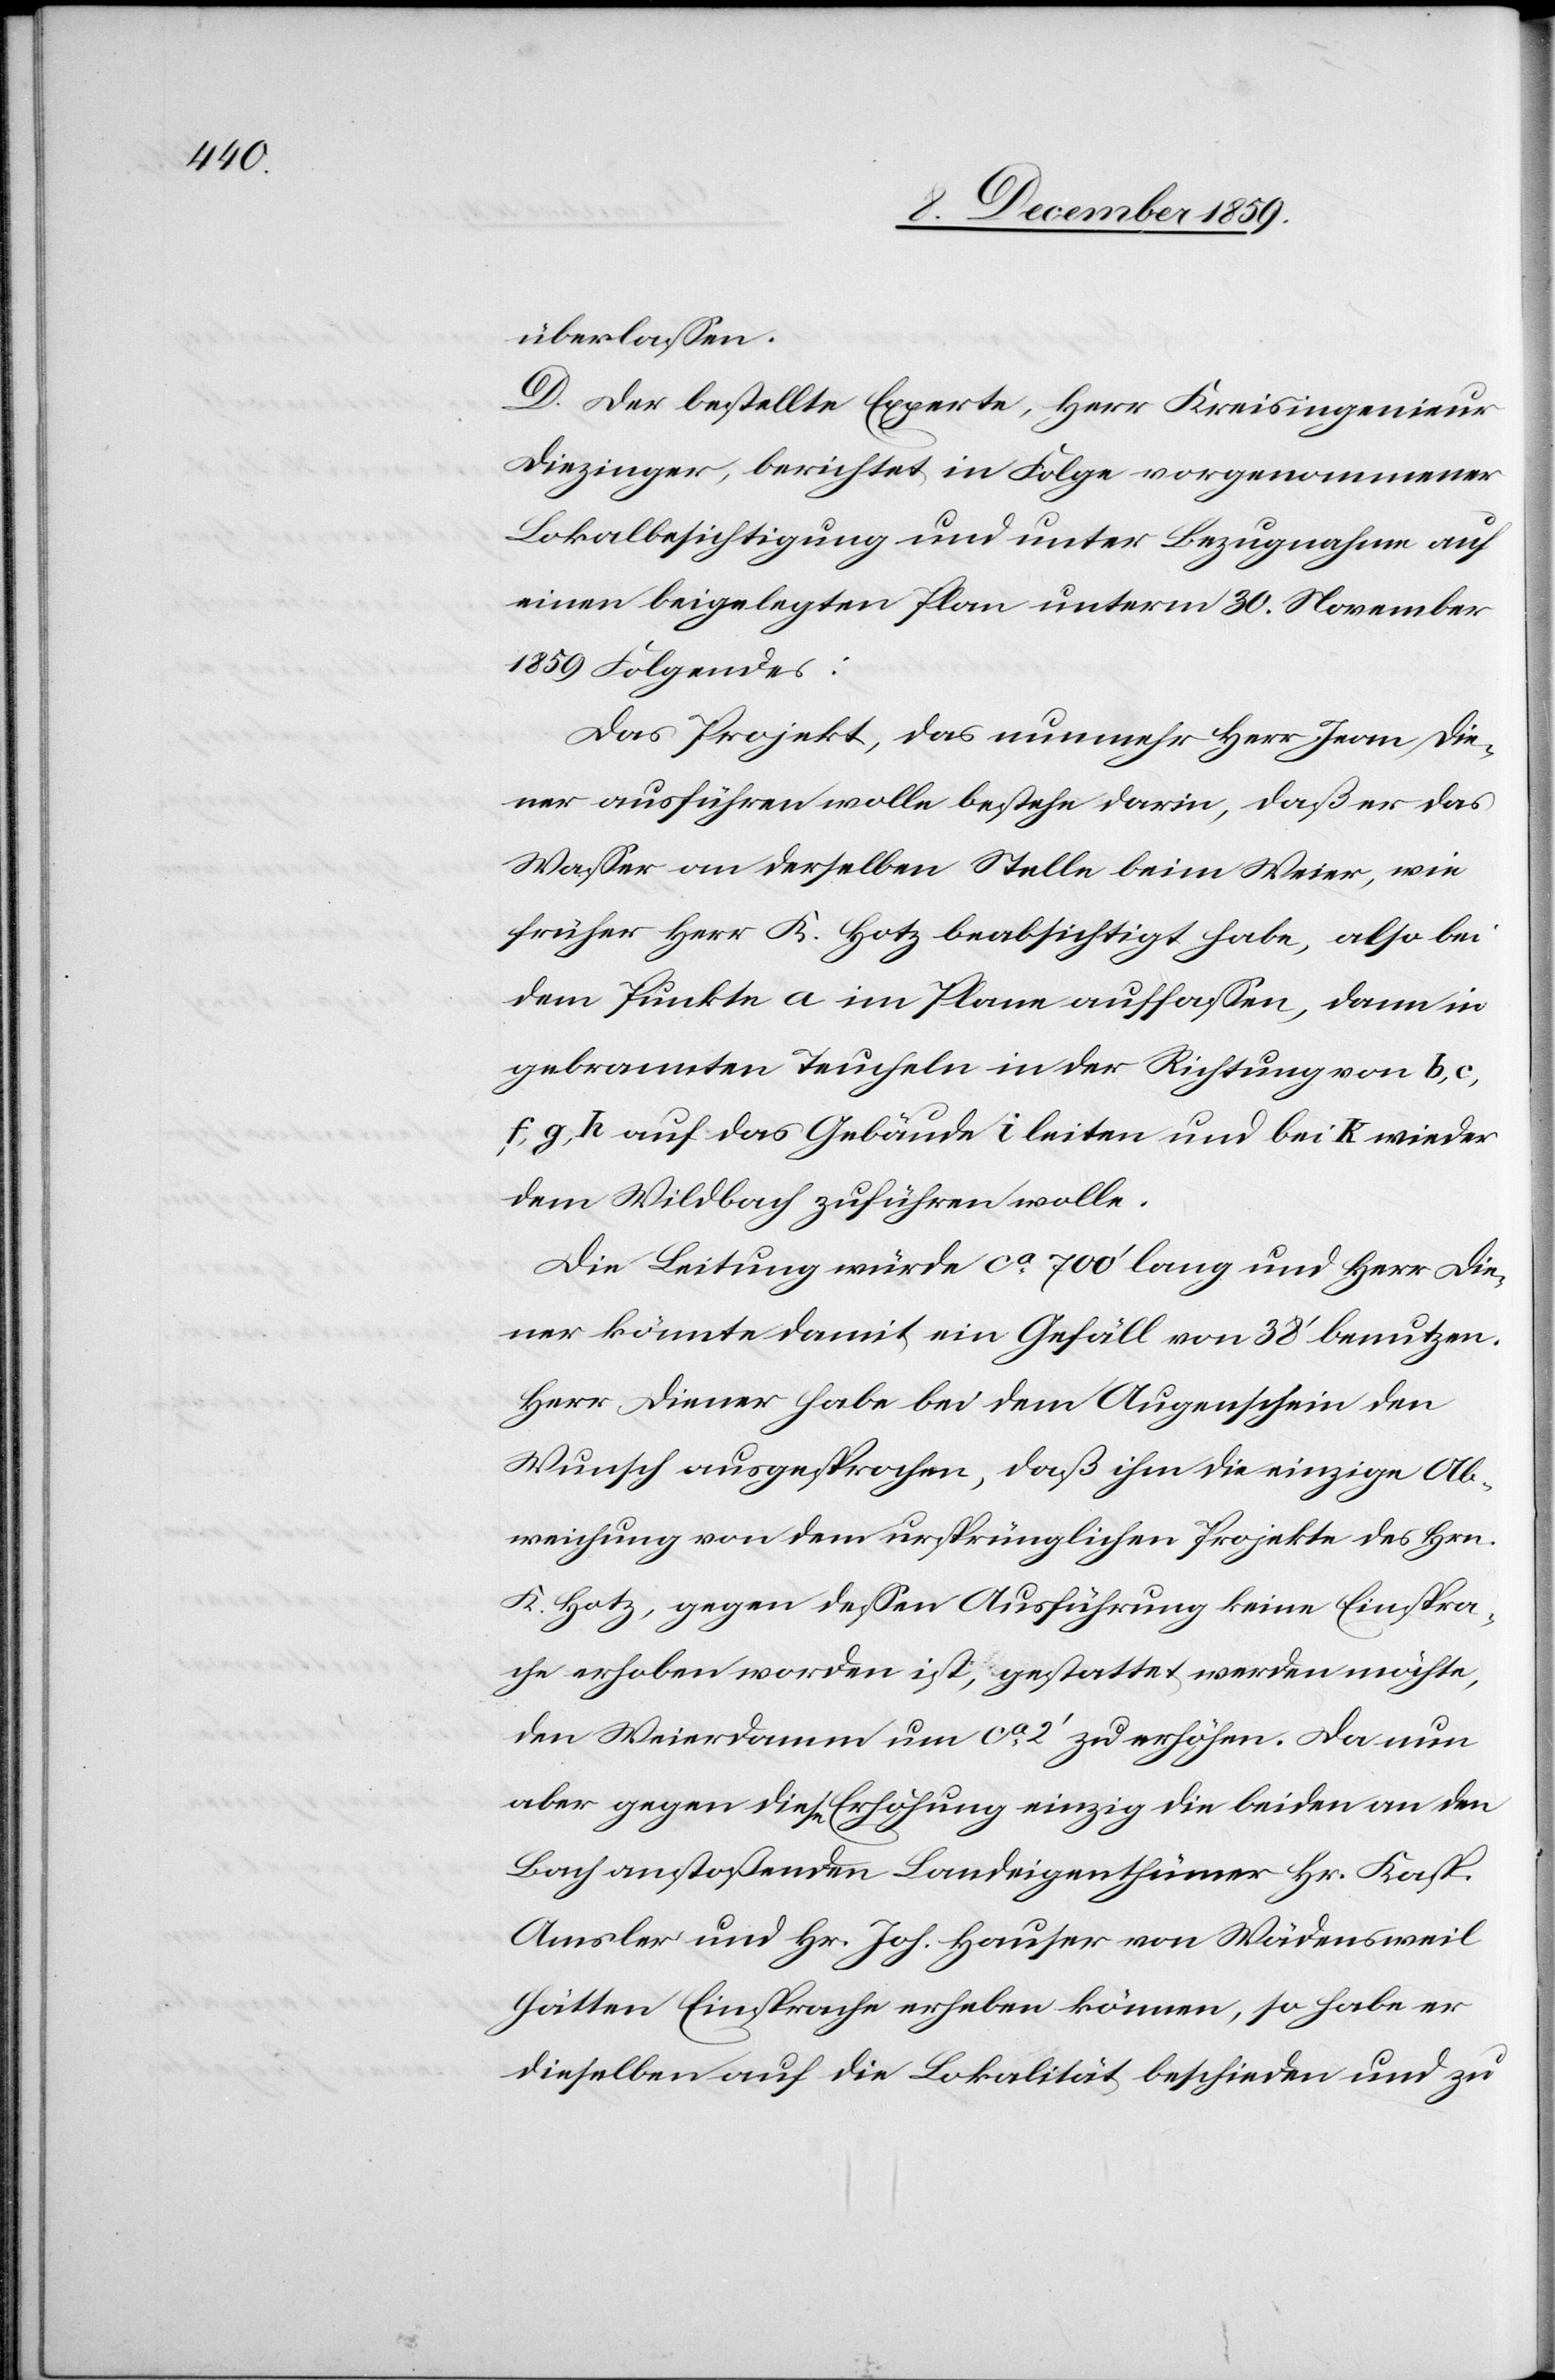
überlassen.
D. Der bestellte Experte, Herr Kreisingenieur
Diezinger, berichtet in Folge vorgenommener
Lokalbesichtigung und unter Bezugnahme auf
einen beigelegten Plan unterm 30. November
1859 Folgendes:
Das Projekt, das nunmehr Herr Ivan Die¬
ner ausführen wolle bestehe darin, daß er das
Wasser an derselben Stelle beim Weier, wie
früher Herr K. Hotz beabsichtigt habe, also bei
dem Punkte a im Plane auflassen, dann in
gebrannten Teucheln in der Richtung von b, c,
f, g, h auf das Gebäude i leiten und bei k wieder
dem Wildbach zuführen wolle.
Die Leitung würde ca 700’ lang und Herr Die¬
ner könnte damit ein Gefäll von 38’ benutzen.
Herr Diener habe bei dem Augenschein den
Wunsch ausgesprochen, daß ihm die einzige Ab¬
weichung von dem ursprünglichen Projekte des Hrn.
K. Hotz, gegen dessen Ausführung keine Einspra¬
che erhoben worden ist, gestattet werden möchte,
den Weierdamm um ca 2’ zu erhöhen. Da nun
aber gegen diese Erhöhung einzig die beiden an den
Bach anstoßenden Landeigenthümer Hr. Kasp.
Amsler und Hr. Joh. Hauser von Wädensweil
hätten Einsprache erheben können, so habe er
dieselben auf die Lokalität beschieden und zu